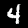
Label: 4